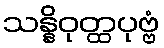
သန္နိဝုတ္ထပုဗ္ဗံ